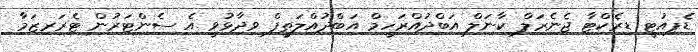
ޑެޕިއުޓީ ޑިރެކްޓާ ޖެނެރަލް ކާނަލް އަބްދުއްރަހީމް އަބްދުއްލަތީފް ވިދާޅުވީ އެ ސެންޓަރުން ޓެރަރިޒަމާ